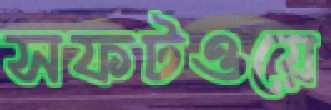
সফটওয়ে